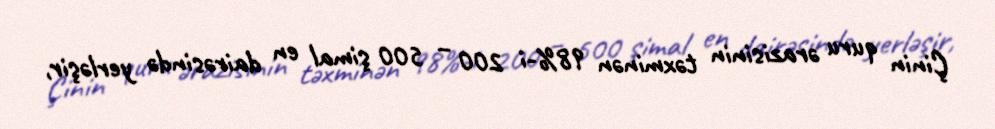
Çinin quru ərazisinin təxminən 98%-i 200 – 500 şimal en dairəsində yerləşir,